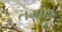
તમામ